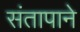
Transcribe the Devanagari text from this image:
संतापाने